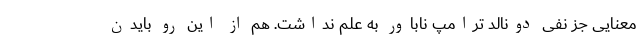
معنایی جز نفی دونالد ترامپِ ناباور به علم نداشت. هم از این رو بایدن